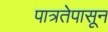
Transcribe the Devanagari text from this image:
पात्रतेपासून